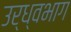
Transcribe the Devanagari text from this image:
उर्ध्वभाग